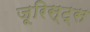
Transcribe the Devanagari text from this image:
जूरिस्ट्स